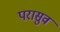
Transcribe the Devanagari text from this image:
परासुव